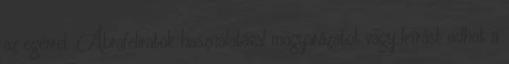
az egérrel. Ábrafeliratok használatával magyarázatot vagy leírást adhat a